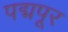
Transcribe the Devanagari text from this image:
पद्मपूर